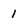
Character: 1